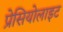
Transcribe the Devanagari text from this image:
प्रेसियोलाइट